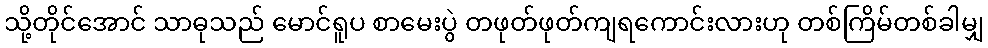
သို့တိုင်အောင် သာဓုသည် မောင်ရူပ စာမေးပွဲ တဖုတ်ဖုတ်ကျရကောင်းလားဟု တစ်ကြိမ်တစ်ခါမျှ